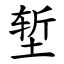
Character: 堑